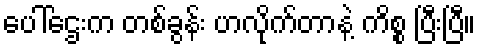
ပေါ်ဌေးက တစ်ခွန်း ဟလိုက်တာနဲ့ ကိစ္စ ပြီးပြီ။